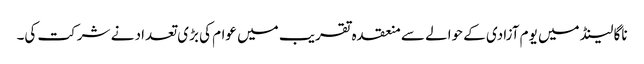
ناگا لینڈ میں یوم آزادی کے حوالے سے منعقدہ تقریب میں عوام کی بڑی تعداد نے شرکت کی۔